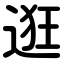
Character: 逛